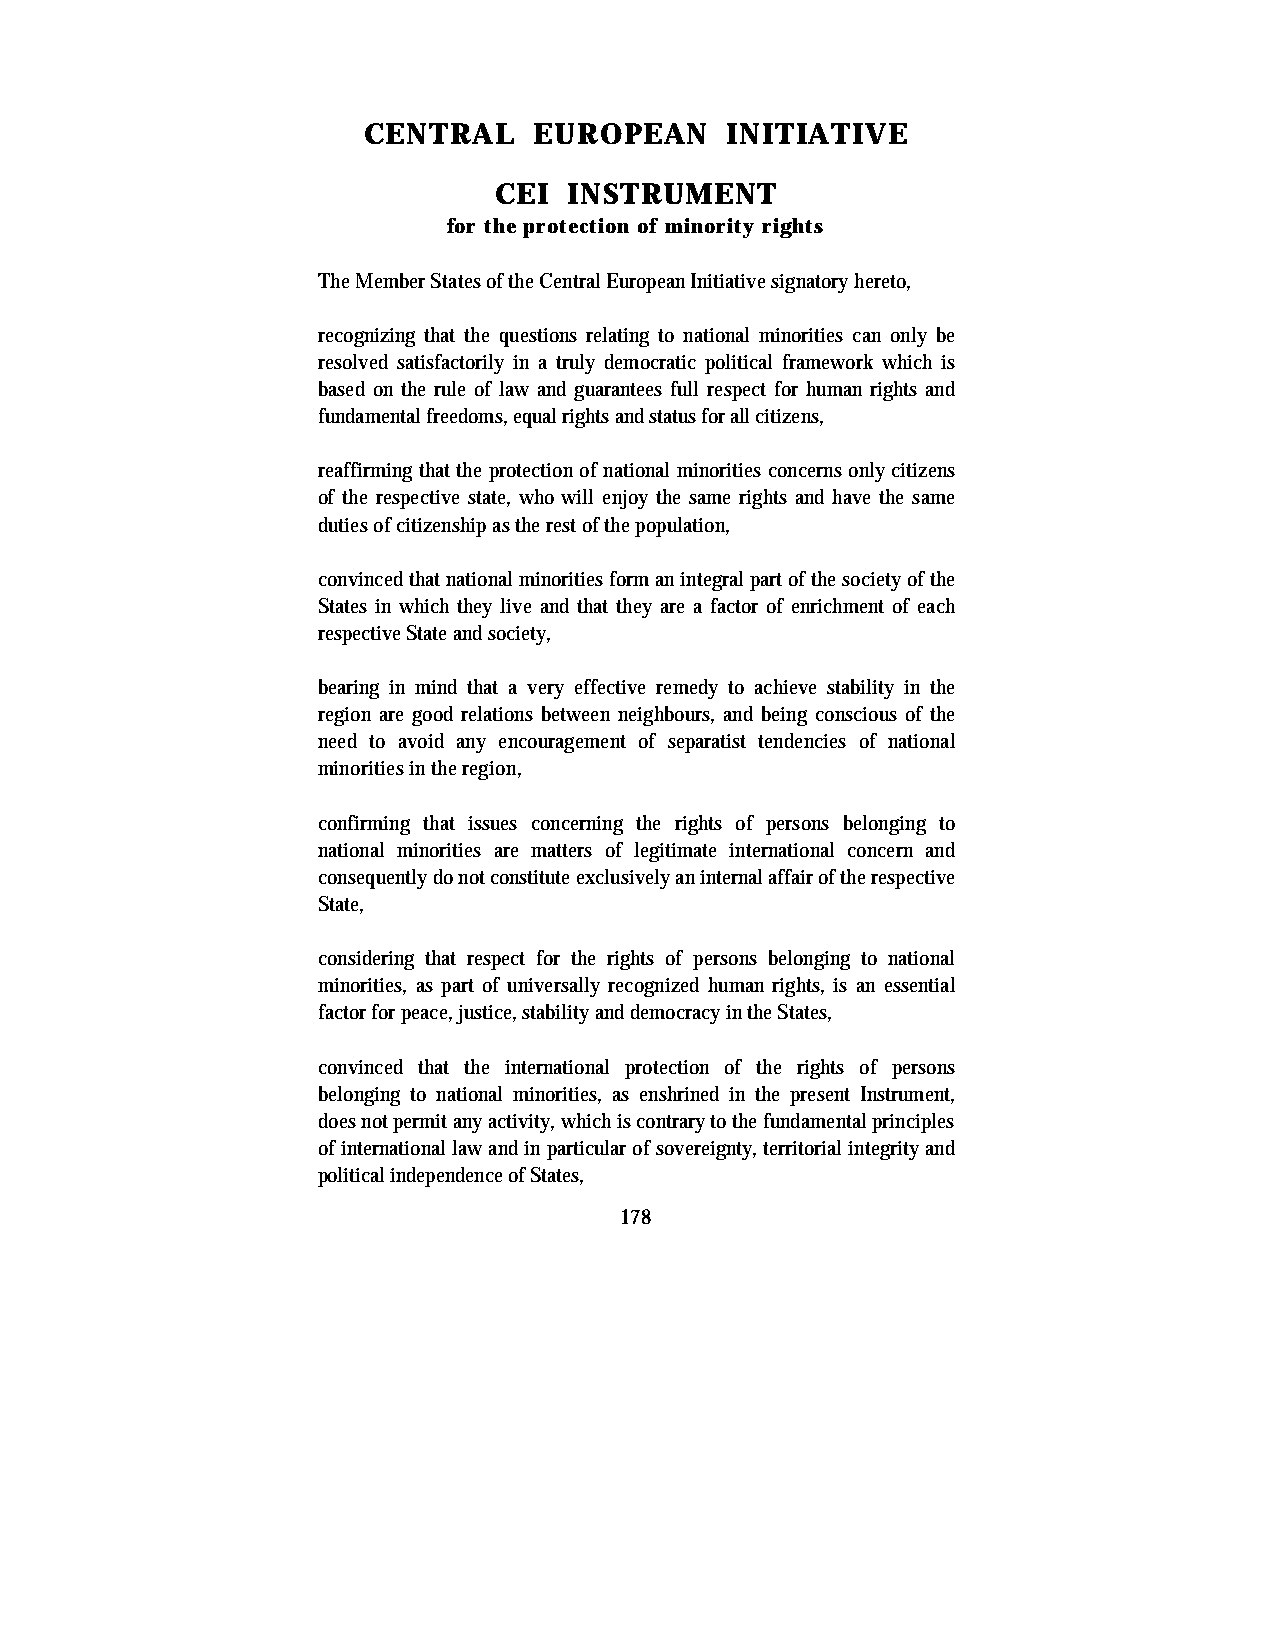
CENTRAL    EUROPEAN     INITIATIVE
 CEI  INSTRUMENT
 for the protection of minority rights
 The Member States of the Central European Initiative signatory hereto,
 recognizing that the questions relating to national minorities can only be
 resolved satisfactorily in a truly democratic political framework which is
 based on the rule of law and guarantees full respect for human rights and
 fundamental freedoms, equal rights and status for all citizens,
 reaffirming that the protection of national minorities concerns only citizens
 of the respective state, who will enjoy the same rights and have the same
 duties of citizenship as the rest of the population,
 convinced that national minorities form an integral part of the society of the
 States in which they live and that they are a factor of enrichment of each
 respective State and society,
 bearing in mind that a very effective remedy to achieve stability in the
 region are good relations between neighbours, and being conscious of the
 need to avoid any encouragement of separatist tendencies of national
 minorities in the region,
 confirming that issues concerning the rights of persons belonging to
 national minorities are matters of legitimate international concern and
 consequently do not constitute exclusively an internal affair of the respective
 State,
 considering that respect for the rights of persons belonging to national
 minorities, as part of universally recognized human rights, is an essential
 factor for peace, justice, stability and democracy in the States,
 convinced that the international protection of the rights of persons
 belonging to national minorities, as enshrined in the present Instrument,
 does not permit any activity, which is contrary to the fundamental principles
 of international law and in particular of sovereignty, territorial integrity and
 political independence of States,
 178